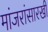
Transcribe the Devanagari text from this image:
मांजरांसारखी